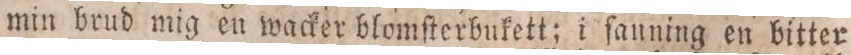
min brud mig en wacker blomſterbukett; i ſanning en bitter